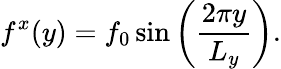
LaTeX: f^{x}(y)=f_{0}\sin\left({\frac{2\pi y}{L_{y}}}\right).